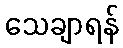
သေချာရန်